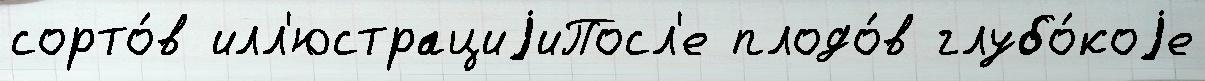
сорто́в илл'юстрациjиПосл'е плодо́в глубо́коjе